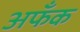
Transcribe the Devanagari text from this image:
अफँक